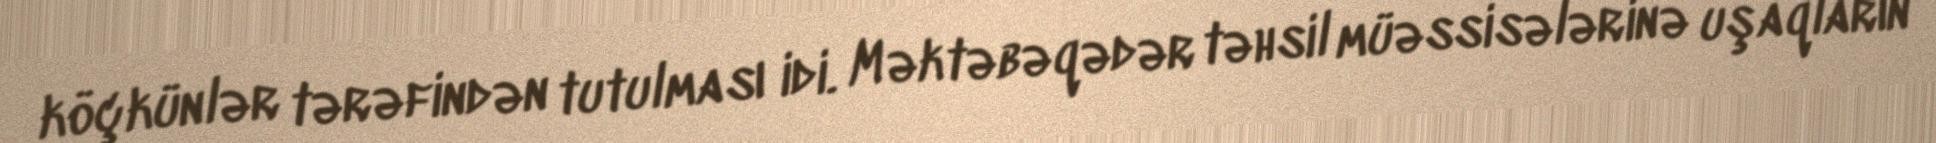
köçkünlər tərəfindən tutulması idi. Məktəbəqədər təhsil müəssisələrinə uşaqların